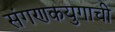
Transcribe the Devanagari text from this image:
संगणकयुगाची